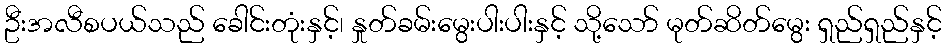
ဦးအလီစပယ်သည် ခေါင်းတုံးနှင့်၊ နှုတ်ခမ်းမွေးပါးပါးနှင့် သို့သော် မုတ်ဆိတ်မွေး ရှည်ရှည်နှင့်